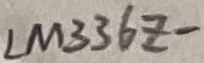
Text: LM336Z-